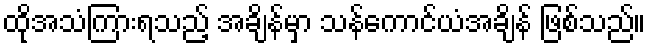
ထိုအသံကြားရသည့် အချိန်မှာ သန်ကောင်ယံအချိန် ဖြစ်သည်။